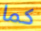
كما